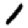
Digit: 1